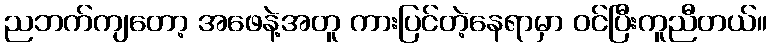
ညဘက်ကျတော့ အဖေနဲ့အတူ ကားပြင်တဲ့နေရာမှာ ဝင်ပြီးကူညီတယ်။